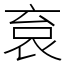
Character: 袬